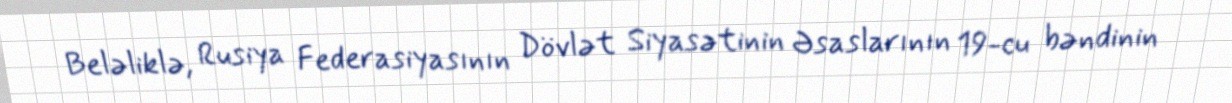
Beləliklə, Rusiya Federasiyasının Dövlət Siyasətinin Əsaslarının 19-cu bəndinin